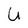
Character: U